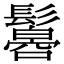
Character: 𩯠